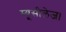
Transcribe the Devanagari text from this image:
म्यूसीलेज।